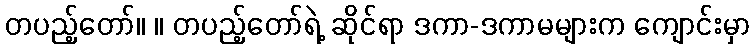
တပည့်တော်။ ။ တပည့်တော်ရဲ့ ဆိုင်ရာ ဒကာ-ဒကာမများက ကျောင်းမှာ